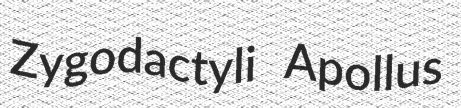
Zygodactyli Apollus